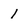
Character: 1